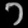
Digit: ၁